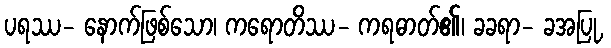
ပရဿ- နောက်ဖြစ်သော၊ ကရောတိဿ- ကရဓာတ်၏၊ ခခရာ- ခအပြု,